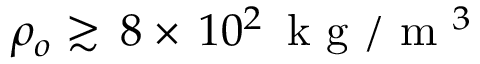
\rho _ { o } \gtrsim \, 8 \times \, 1 0 ^ { 2 } \, \mathrm { ~ k ~ g ~ } / \mathrm { ~ m ~ } ^ { 3 }